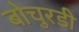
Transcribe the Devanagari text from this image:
बोचुरडी